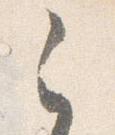
之